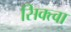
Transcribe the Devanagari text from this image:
सिक्त्वा